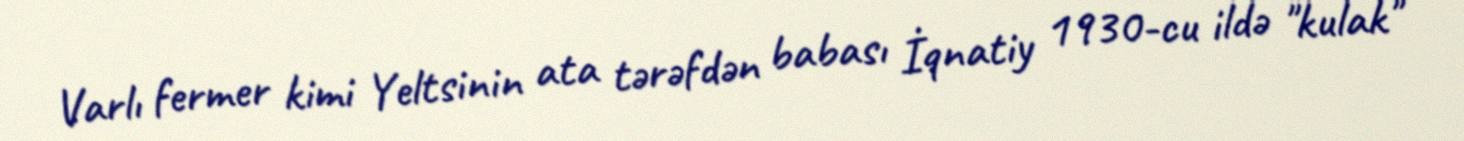
Varlı fermer kimi Yeltsinin ata tərəfdən babası İqnatiy 1930-cu ildə "kulak"